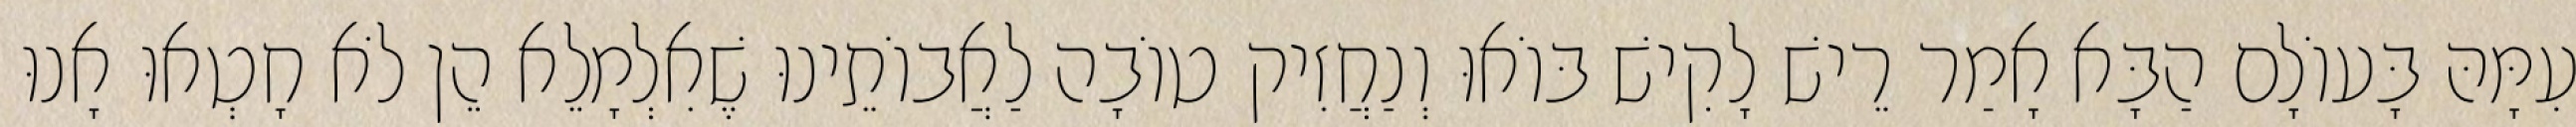
עִמָּהּ בָּעוֹלָם הַבָּא אָמַר רֵישׁ לָקִישׁ בּוֹאוּ וְנַחֲזִיק טוֹבָה לַאֲבוֹתֵינוּ שֶׁאִלְמָלֵא הֵן לֹא חָטְאוּ אָנוּ